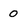
Character: 0